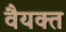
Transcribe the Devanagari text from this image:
वैयक्त